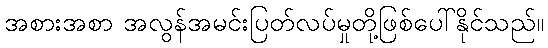
အစားအစာ အလွန်အမင်းပြတ်လပ်မှုတို့ဖြစ်ပေါ်နိုင်သည်။